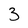
Character: 3